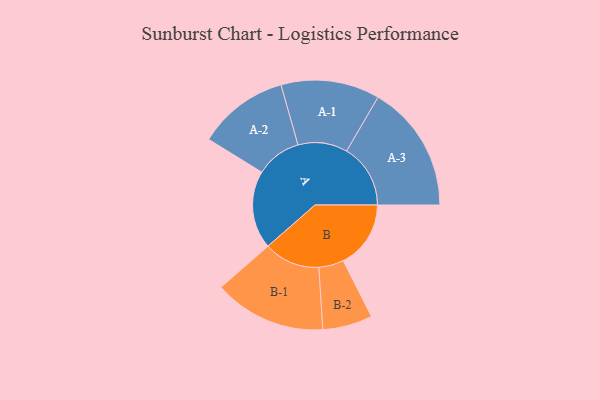
{"axis": {"x": "Segment", "y": "Value"}, "legend": ["", "A", "B"], "data": [{"x": "A", "y": 360, "type": ""}, {"x": "B", "y": 312, "type": ""}, {"x": "A-1", "y": 228, "type": "A"}, {"x": "A-2", "y": 210, "type": "A"}, {"x": "A-3", "y": 295, "type": "A"}, {"x": "B-1", "y": 259, "type": "B"}, {"x": "B-2", "y": 115, "type": "B"}]}